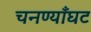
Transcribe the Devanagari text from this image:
चनण्याँघट